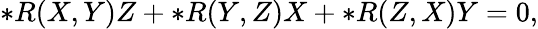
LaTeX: \ast R(X,Y)Z+\ast R(Y,Z)X+\ast R(Z,X)Y=0,